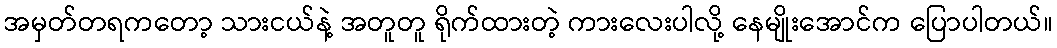
အမှတ်တရကတော့ သားငယ်နဲ့ အတူတူ ရိုက်ထားတဲ့ ကားလေးပါလို့ နေမျိုးအောင်က ပြောပါတယ်။